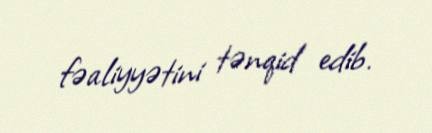
fəaliyyətini tənqid edib.